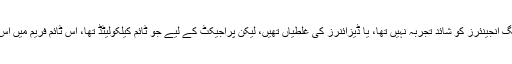
منصوبے کے پلاننگ انجینئرز کو شائد تجربہ نہیں تھا، یا ڈیزائنرز کی غلطیاں تھیں، لیکن پراجیکٹ کے لیے جو ٹائم کیلکولیٹڈ تھا، اس ٹائم فریم میں اس کا بننا ناممکن تھا۔